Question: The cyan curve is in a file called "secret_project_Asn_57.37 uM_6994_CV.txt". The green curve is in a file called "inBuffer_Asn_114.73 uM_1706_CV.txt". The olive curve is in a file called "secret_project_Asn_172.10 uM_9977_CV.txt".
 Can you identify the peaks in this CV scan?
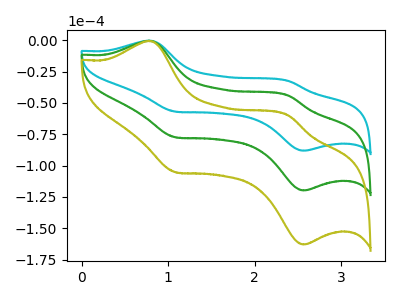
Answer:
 <answer>The cyan curve "Asn 57.37 uM" has anodic peaks at (0.80V, -0.25uA) (2.40V, -32.30uA) and cathodic peaks at (1.10V, -56.85uA) (2.55V, -88.10uA). The green curve "Asn 114.73 uM" has anodic peaks at (0.80V, -0.35uA) (2.40V, -43.95uA) and cathodic peaks at (1.10V, -77.30uA) (2.55V, -119.85uA). The olive curve "Asn 172.10 uM" has anodic peaks at (0.80V, -0.70uA) (2.40V, -87.90uA) and cathodic peaks at (1.10V, -154.65uA) (2.55V, -239.70uA).</answer>
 <eval></eval>